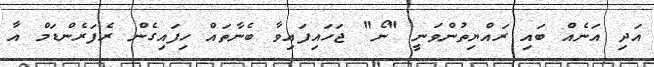
އަދި އަނެއް ބައި ރައްޔިތުންވަނީ "ނޯ" ޖަހައިފައިވާ ބެނާތައް ހިފައިގެން ރެފަރެންޑަމް އާ